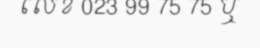
លេខ 023 99 75 75 ឬ